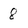
Character: 8